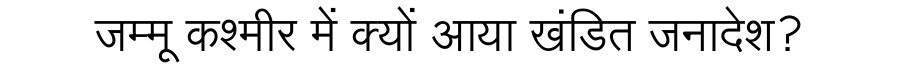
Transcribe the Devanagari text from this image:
जम्मू कश्मीर में क्यों आया खंडित जनादेश?